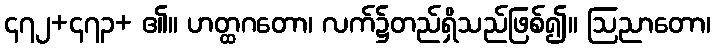
၄၇၂+၄၇၃+ ၏။ ဟတ္ထဂတော၊ လက်၌တည်ရှိသည်ဖြစ်၍။ ဩညာတော၊